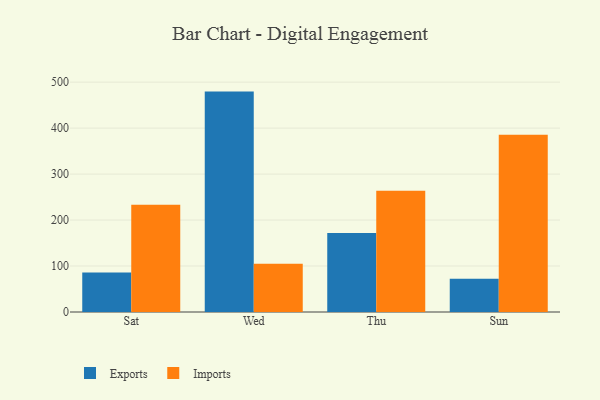
{"axis": {"x": "Day", "y": "Operating Costs (USD K)"}, "legend": ["Exports", "Imports"], "data": [{"x": "Sat", "y": 86.1, "type": "Exports"}, {"x": "Sat", "y": 233.5, "type": "Imports"}, {"x": "Wed", "y": 479.4, "type": "Exports"}, {"x": "Wed", "y": 105.1, "type": "Imports"}, {"x": "Thu", "y": 171.7, "type": "Exports"}, {"x": "Thu", "y": 263.7, "type": "Imports"}, {"x": "Sun", "y": 72.4, "type": "Exports"}, {"x": "Sun", "y": 385.3, "type": "Imports"}]}